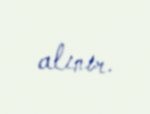
alınır.